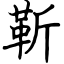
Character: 靳